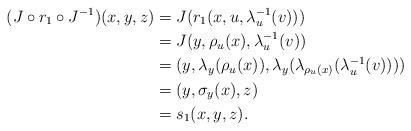
LaTeX: \begin{align*} (J\circ r_1\circ J^{-1})(x,y,z) & =J(r_1(x,u,\lambda_u^{-1}(v)))\\ & =J(y,\rho_u(x),\lambda_u^{-1}(v))\\ & =(y,\lambda_y(\rho_u(x)),\lambda_y(\lambda_{\rho_u(x)}(\lambda_u^{-1}(v))))\\ & =(y,\sigma_y(x),z)\\ & =s_1(x,y,z). \end{align*}